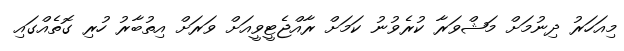
މިއަހަރު ދިނުމަށް މަޝްވަރާ ކުރެވުނު ކަމަށް ރާއްޖެޓީވީއަށް ވަރަށް އިތުބާރު ހުރި ގޮތެއްގައި